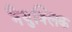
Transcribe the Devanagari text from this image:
नैयुक्लिक